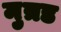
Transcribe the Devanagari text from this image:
मुत्रड